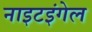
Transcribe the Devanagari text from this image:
नाइटइंगेल